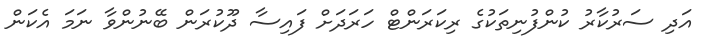
އަދި ސަރުކާރު ކުންފުނިތަކުގެ ރިކަރަންޓް ހަރަދަށް ފައިސާ ދޫކުރަން ބޭނުންވާ ނަމަ އެކަން